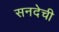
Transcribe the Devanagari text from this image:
सनदेची